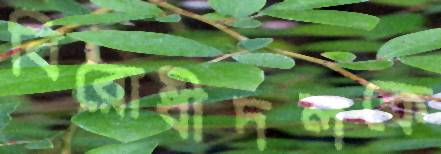
বিরোধীদলকে